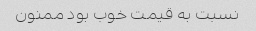
نسبت به قیمت خوب بود ممنون